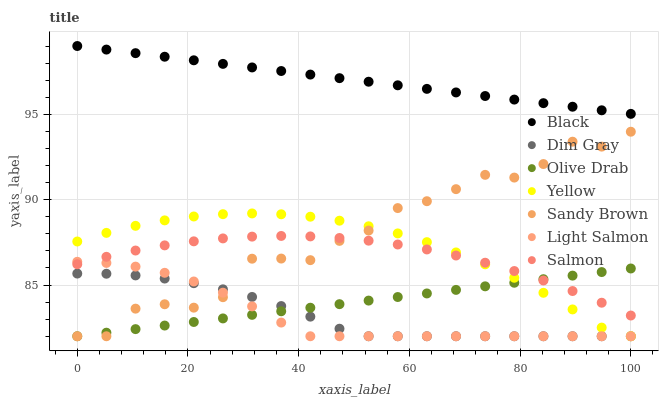
| xaxis_label | Black | Dim Gray | Olive Drab | Yellow | Sandy Brown | Light Salmon | Salmon |
 | --- | --- | --- | --- | --- | --- | --- | --- |
 | 0 | 99 | 85.7 | 82 | 87.6 | 82 | 86.4 | 86.2 |
 | 5.26 | 98.8 | 85.7 | 82.2 | 88.1 | 82 | 86.3 | 86.7 |
 | 10.5 | 98.6 | 85.6 | 82.4 | 88.5 | 83.6 | 86.1 | 87 |
 | 15.8 | 98.4 | 85.4 | 82.6 | 88.8 | 83.9 | 85.7 | 87.3 |
 | 21.1 | 98.2 | 85.1 | 82.8 | 89 | 83.7 | 85.2 | 87.6 |
 | 26.3 | 98 | 84.7 | 83 | 89.2 | 84.3 | 84.6 | 87.7 |
 | 31.6 | 97.7 | 84.3 | 83.3 | 89.2 | 86.5 | 83.8 | 87.8 |
 | 36.8 | 97.5 | 83.8 | 83.5 | 89.1 | 86.6 | 82.8 | 87.9 |
 | 42.1 | 97.3 | 83.1 | 83.7 | 89 | 86.5 | 82 | 87.8 |
 | 47.4 | 97.1 | 82.4 | 83.9 | 88.8 | 87.6 | 82 | 87.8 |
 | 52.6 | 96.9 | 82 | 84.1 | 88.4 | 88.2 | 82 | 87.6 |
 | 57.9 | 96.7 | 82 | 84.3 | 88 | 89.5 | 82 | 87.4 |
 | 63.2 | 96.5 | 82 | 84.5 | 87.5 | 89.9 | 82 | 87.1 |
 | 68.4 | 96.3 | 82 | 84.7 | 86.9 | 90.6 | 82 | 86.7 |
 | 73.7 | 96.1 | 82 | 84.9 | 86.2 | 91.5 | 82 | 86.3 |
 | 78.9 | 95.9 | 82 | 85.1 | 85.4 | 91.3 | 82 | 85.8 |
 | 84.2 | 95.7 | 82 | 85.3 | 84.5 | 92.1 | 82 | 85.3 |
 | 89.5 | 95.4 | 82 | 85.6 | 83.6 | 93.4 | 82 | 84.6 |
 | 94.7 | 95.2 | 82 | 85.8 | 82.5 | 93.1 | 82 | 84 |
 | 100 | 95 | 82 | 86 | 82 | 94 | 82 | 83.2 |